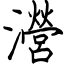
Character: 瀯